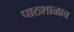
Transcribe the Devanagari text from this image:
पाठशाळाच